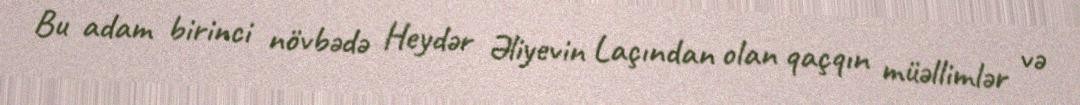
Bu adam birinci növbədə Heydər Əliyevin Laçından olan qaçqın müəllimlər və